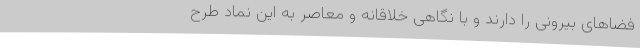
فضاهای بیرونی را دارند و با نگاهی خلاقانه و معاصر به این نماد طرح